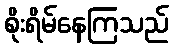
စိုးရိမ်နေကြသည်